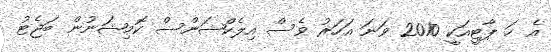
އެ ހަ ޕާޓީއަކީ 2010 ވަނަ އަހަރު ވެސް އިލެކްޝަންސް ކޮމިޝަނުން ބަޖެޓު